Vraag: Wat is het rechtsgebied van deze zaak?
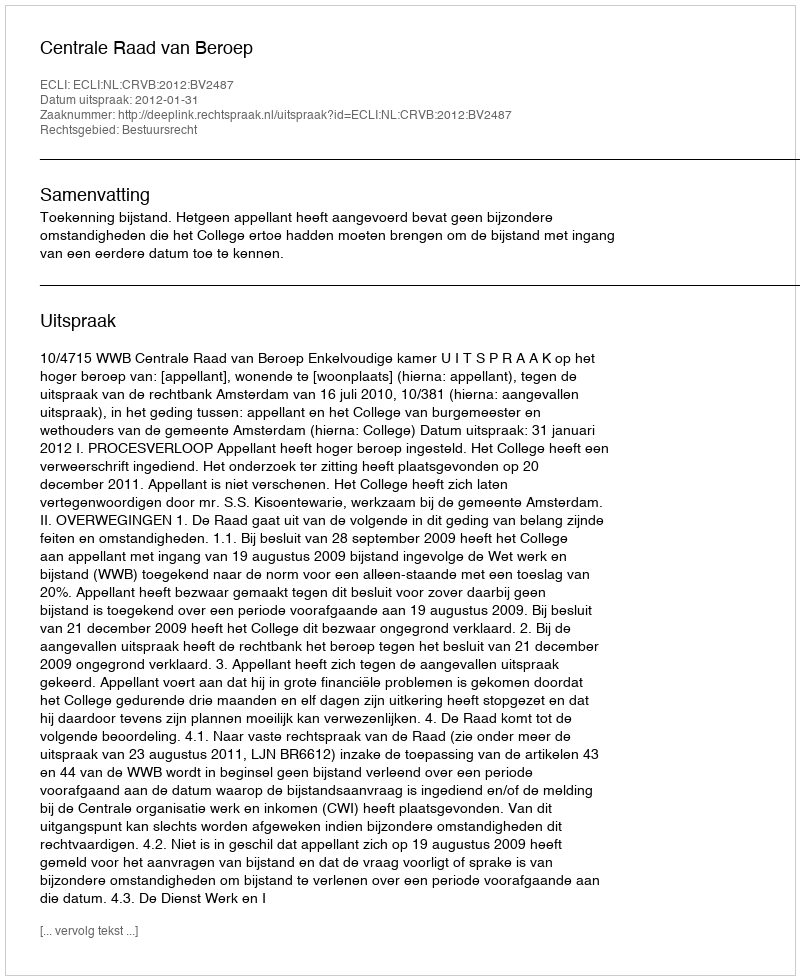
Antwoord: Bestuursrecht